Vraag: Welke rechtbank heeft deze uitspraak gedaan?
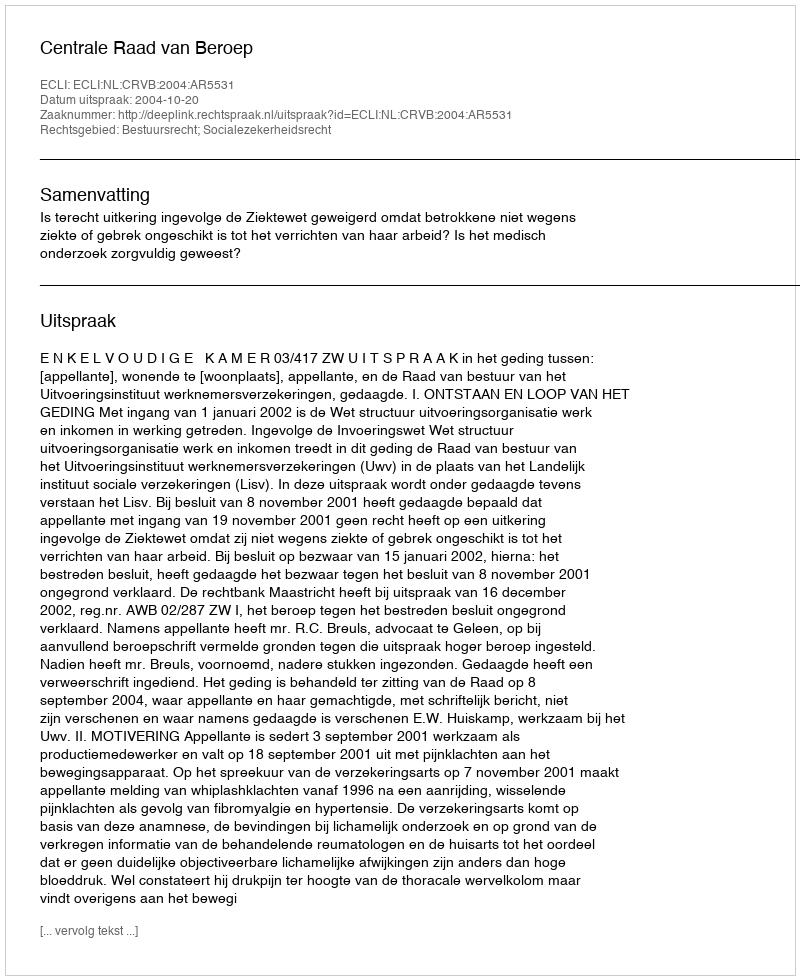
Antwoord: Centrale Raad van Beroep